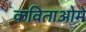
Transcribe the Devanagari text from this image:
कविताओमें